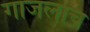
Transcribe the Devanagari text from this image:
गाजलाच